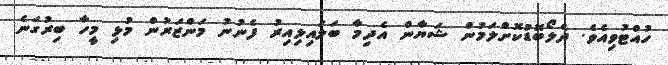
ހުއްޓުވިއެވެ. ދެލޯބޮޑުކޮށްލަމުން ޝަޔާން އެދިމާ ބަލައިލިއިރު ފެނުނު މަންޒަރުން މުޅި މީހާ ބިރުގަނެ